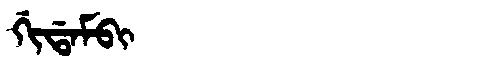
Manchu: ᡤᡳᡩᠠᠮᠪᡳ
Romanization: GIDAMBI